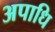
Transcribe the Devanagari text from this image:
अपाधि